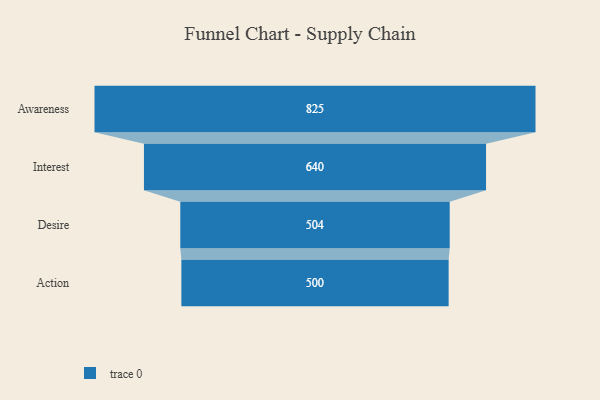
{"axis": {"x": "Stage", "y": "Value"}, "legend": [""], "data": [{"x": "Awareness", "y": 825.0, "type": ""}, {"x": "Interest", "y": 640.0, "type": ""}, {"x": "Desire", "y": 504.0, "type": ""}, {"x": "Action", "y": 500, "type": ""}]}